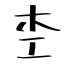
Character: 杢